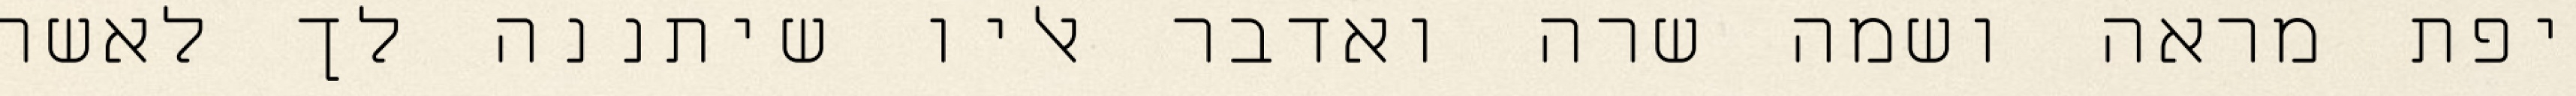
יפת מראה ושמה שרה ואדבר אליו שיתננה לך לאשה